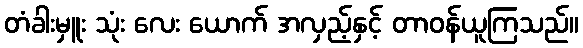
တံခါးမှူး သုံး လေး ယောက် အလှည့်နှင့် တာဝန်ယူကြသည်။